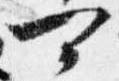
可